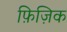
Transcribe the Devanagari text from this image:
फ़िज़िक